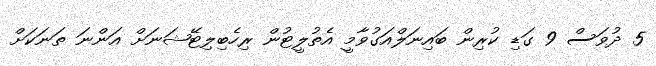
5 ދުވަސް 9 ގަޑި ކުރިން ބައިނަލްއަގުވާމީ އެތުލީޓުން ރިހެބިލިޓޭޝަނަށް އަންނަ ތަނަކަށް